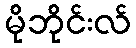
မိုဘိုင်းလ်